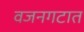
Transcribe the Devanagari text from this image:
वजनगटात